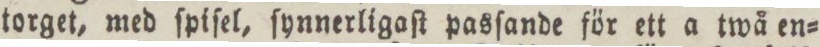
torget, med ſpiſel, ſynnerligaſt pasſande för ett a twå en=